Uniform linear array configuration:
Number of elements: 12
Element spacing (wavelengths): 1
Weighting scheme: uniform
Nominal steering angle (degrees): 0
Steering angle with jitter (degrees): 1.609
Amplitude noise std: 0.05
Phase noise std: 0.05

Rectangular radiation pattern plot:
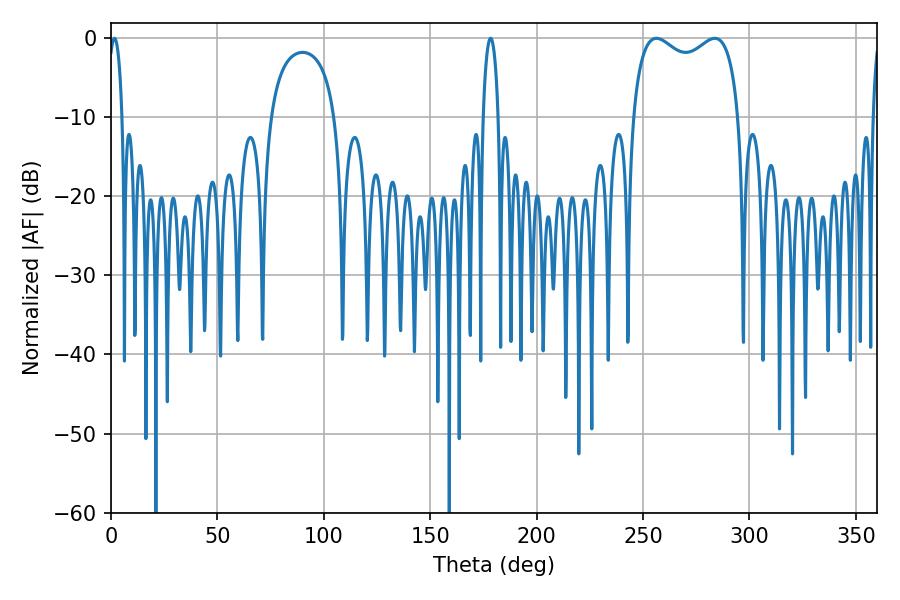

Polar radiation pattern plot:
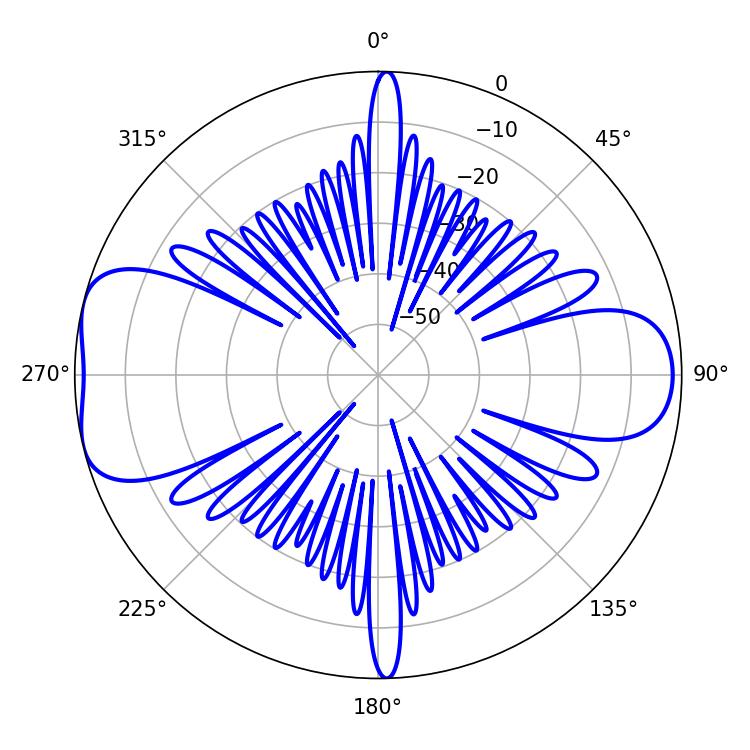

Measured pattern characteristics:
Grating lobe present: TRUE
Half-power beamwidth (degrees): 41.4
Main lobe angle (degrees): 256.32